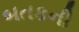
બતકની